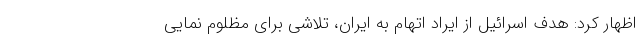
اظهار کرد: هدف اسرائیل از ایراد اتهام به ایران، تلاشی برای مظلوم نمایی